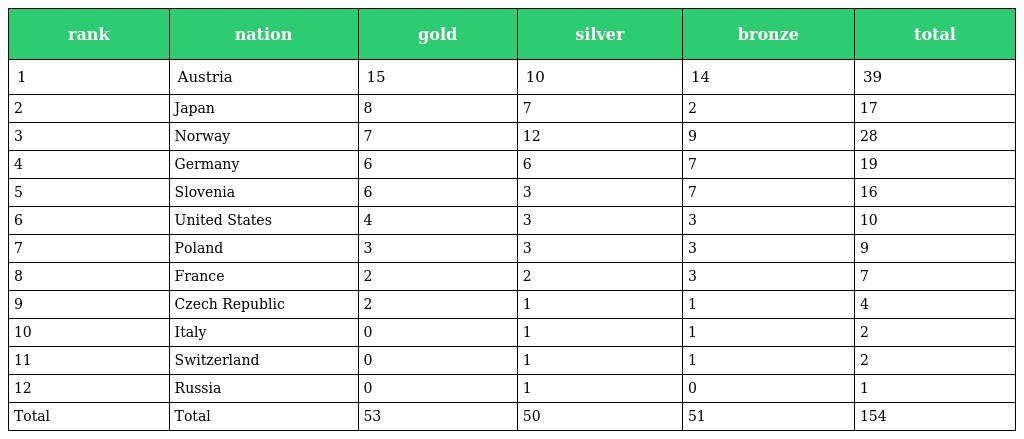
| rank | nation | gold | silver | bronze | total |
 | --- | --- | --- | --- | --- | --- |
 | 1 | Austria | 15 | 10 | 14 | 39 |
 | 2 | Japan | 8 | 7 | 2 | 17 |
 | 3 | Norway | 7 | 12 | 9 | 28 |
 | 4 | Germany | 6 | 6 | 7 | 19 |
 | 5 | Slovenia | 6 | 3 | 7 | 16 |
 | 6 | United States | 4 | 3 | 3 | 10 |
 | 7 | Poland | 3 | 3 | 3 | 9 |
 | 8 | France | 2 | 2 | 3 | 7 |
 | 9 | Czech Republic | 2 | 1 | 1 | 4 |
 | 10 | Italy | 0 | 1 | 1 | 2 |
 | 11 | Switzerland | 0 | 1 | 1 | 2 |
 | 12 | Russia | 0 | 1 | 0 | 1 |
 | Total | Total | 53 | 50 | 51 | 154 |